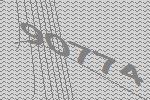
90774